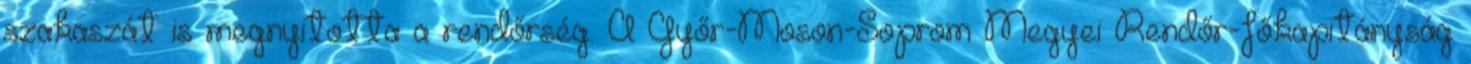
szakaszát is megnyitotta a rendőrség. A Győr-Moson-Soprom Megyei Rendőr-főkapitányság